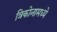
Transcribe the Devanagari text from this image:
त्रिकोनामध्ये